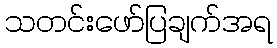
သတင်းဖော်ပြချက်အရ